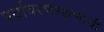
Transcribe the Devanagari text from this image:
पर्यावरणरक्षणाची